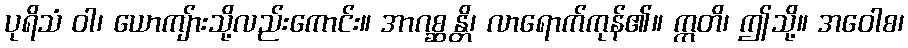
ပုရိသံ ဝါ၊ ယောကျ်ားသို့လည်းကောင်း။ အာဂစ္ဆန္တိ၊ လာရောက်ကုန်၏။ ဣတိ၊ ဤသို့။ အဝေါစ၊